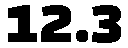
12.3